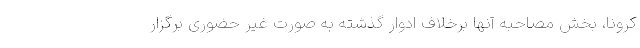
کرونا، بخش مصاحبه آنها برخلاف ادوار گذشته به صورت غیر حضوری برگزار